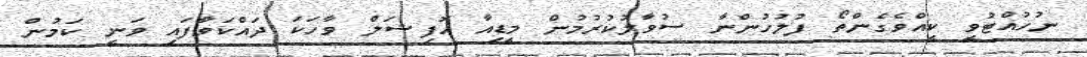
ނުހުއްޓުވީ ކީއްވެގެންތޯ ފުލުހުންނާ ސުވާލުކުރުމުން މީޑިއާ އޮފިޝަލް ވާހަކަ ދައްކަވާފައި ވަނީ ކަމުން